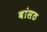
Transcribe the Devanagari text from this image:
बांसठ